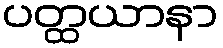
ပတ္ထယာနာ